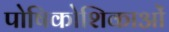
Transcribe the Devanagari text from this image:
पोषिकोशिकाओं